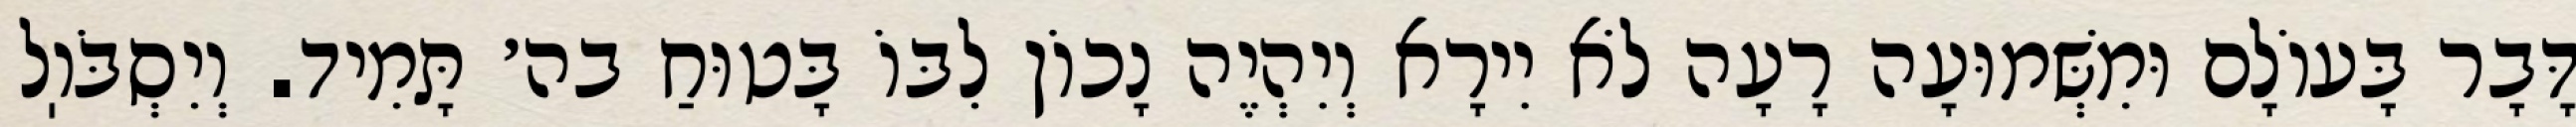
דָּבָר בָּעוֹלָם וּמִשְּׁמוּעָה רָעָה לֹא יִירָא וְיִהְיֶה נָכוֹן לִבּוֹ בָּטוּחַ בה׳ תָּמִיד. וְיִסְבֹּוֽל